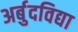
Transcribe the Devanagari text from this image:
अर्बुदविद्या